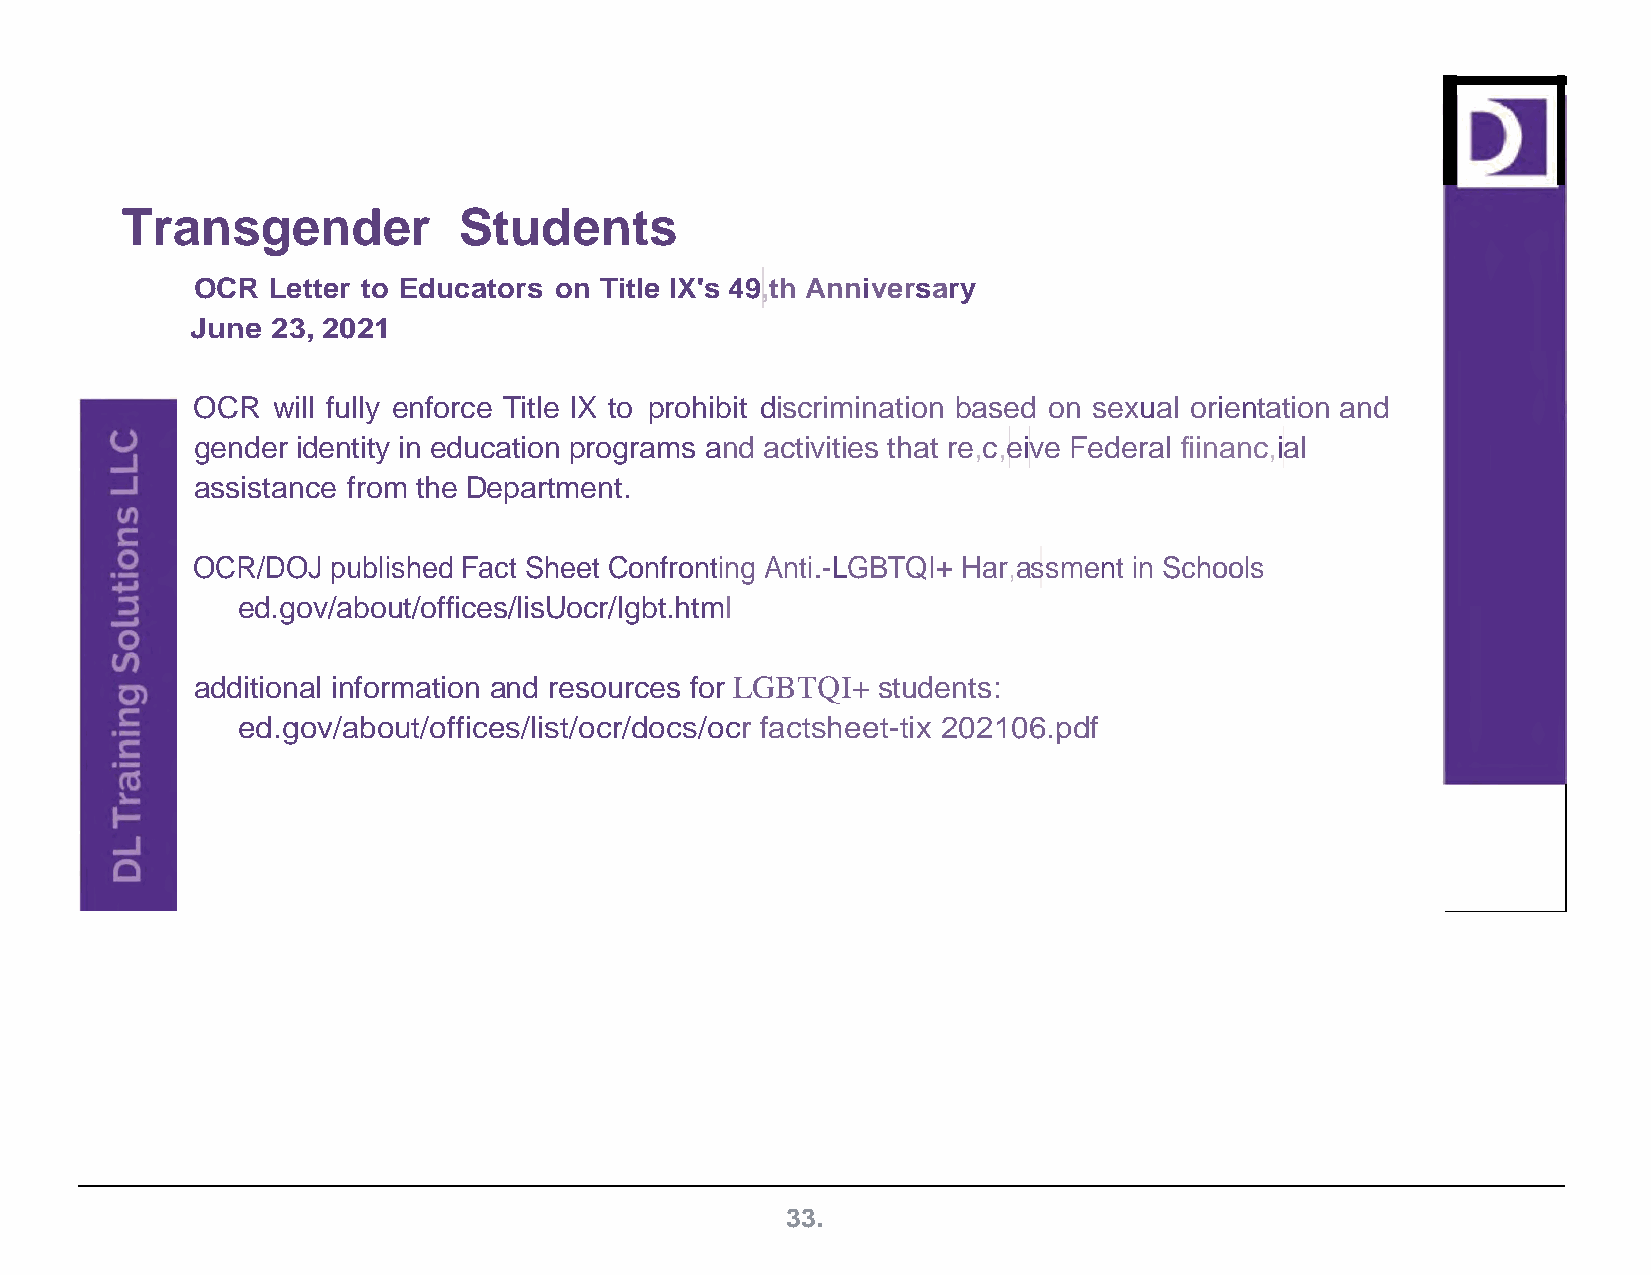
Transgender           Students
 OCR  Letter to Educators on Title IX's 49,th Anniversary
 June 23, 2021
 OCR  will fully enforce Title IX to prohibit discrimination based on sexual orientation and
 gender identity in education programs and activities that re,c,eive Federal fiinanc,ial
 assistance from the Department.
 OCR/DOJ  published Fact Sheet Confronting Anti.-LGBTQI+ Har,assment in Schools
 ed.gov/about/offices/lisUocr/lgbt.html
 additional information and resources for LGBTQI+ students:
 ed.gov/about/offices/list/ocr/docs/ocr factsheet-tix 202106.pdf
 33.